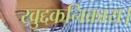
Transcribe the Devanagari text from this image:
खुद्दकनिकाय।